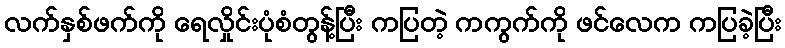
လက်နှစ်ဖက်ကို ရေလှိုင်းပုံစံတွန့်ပြီး ကပြတဲ့ ကကွက်ကို ဖင်လေက ကပြခဲ့ပြီး